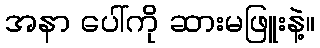
အနာ ပေါ်ကို ဆားမဖြူးနဲ့။